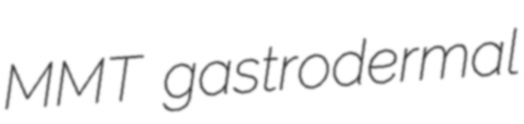
MMT gastrodermal